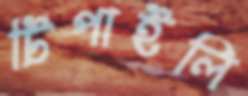
টিপাইলি